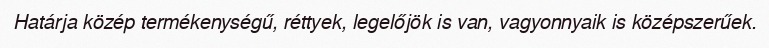
Határja közép termékenységű, réttyek, legelőjök is van, vagyonnyaik is középszerűek.